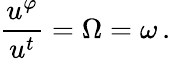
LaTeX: \frac{u^{\varphi}}{u^{t}}=\Omega=\omega\, .